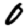
Digit: 0